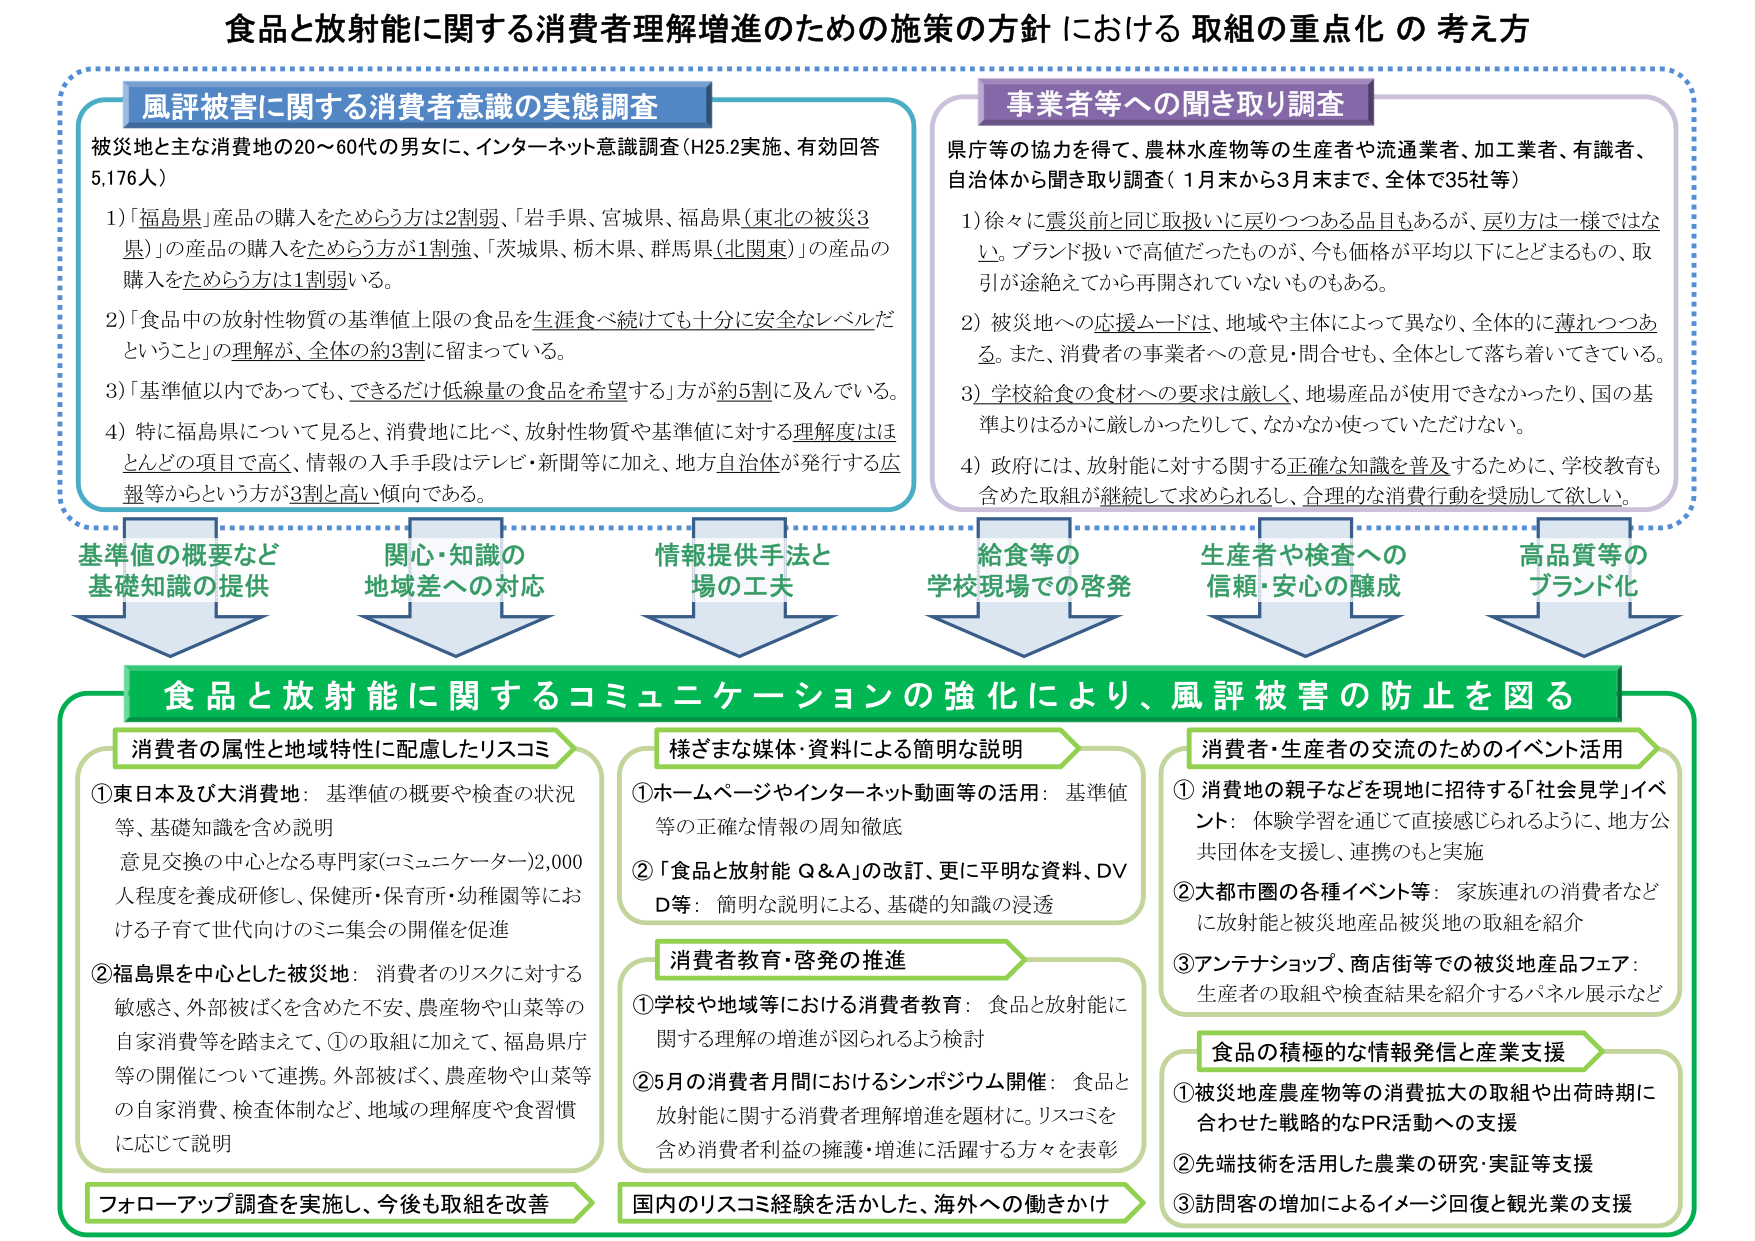
食品と放射能に関する消費者理解増進のための施策の方針における取組の重点化の考え方

風評被害に関する消費者意識の実態調査
被災地と主な消費地の20～60代の男女に、インターネット意識調査（H25.2実施、有効回答5,176人）
1）「福島県」製品の購入をためらう方は2割弱、「岩手県、宮城県、福島県（東北の被災3県）」の製品の購入をためらう方が1割強、「茨城県、栃木県、群馬県（北関東）」の製品の購入をためらう方は1割弱いる。
2）「食品中の放射性物質の基準値上限の食品を生涯食べ続けても十分に安全なレベルだということ」の理解が、全体の約3割に留まっている。
3）「基準値以内であっても、できるだけ低線量の食品を希望する」方が約5割に及んでいる。
4）特に福島県について見ると、消費地に比べ、放射性物質や基準値に対する理解度はほとんどの項目で高く、情報の入手手段はテレビ・新聞等に加え、地方自治体が発行する広報等からという方が3割と高い傾向である。

事業者等への聞き取り調査
県庁等の協力を得て、農林水産物等の生産者や流通業者、加工業者、有識者、自治体から聞き取り調査（1月末から3月末まで、全体で35社等）
1）徐々に震災前と同じ取扱いに戻りつつある品目もあるが、戻り方は一様ではない。ブランド扱いで高値だったものが、今も価格が平均以下にとどまるもの、取引が途絶えてから再開されていないものもある。
2）被災地への応援ムードは、地域や主体によって異なり、全体的に薄れつつある。また、消費者の事業者への意見・問合せも、全体として落ち着いてきている。
3）学校給食の食材への要求は厳しく、地場産品が使用できなかったり、国の基準よりはるかに厳しかったりして、なかなか使っていただけない。
4）政府には、放射能に対する関する正確な知識を普及するために、学校教育も含めた取組が継続して求められるし、合理的な消費行動を奨励して欲しい。

基準値の概要など基礎知識の提供
関心・知識の地域差への対応
情報提供手法と場の工夫
給食等の学校現場での啓発
生産者や検査への信頼・安心の醸成
高品質等のブランド化

食品と放射能に関するコミュニケーションの強化により、風評被害の防止を図る

消費者の属性と地域特性に配慮したリスコミ
①東日本及び大消費地：基準値の概要や検査の状況等、基礎知識を含め説明
意見交換の中心となる専門家（コミュニケーター）2,000人程度を養成研修し、保健所・保育所・幼稚園等における子育て世代向けのミニ集会の開催を促進
②福島県を中心とした被災地：消費者のリスクに対する敏感さ、外部被ばくを含めた不安、農産物や山菜等の自家消費等を踏まえて、①の取組に加えて、福島県庁等の開催について連携。外部被ばく、農産物や山菜等の自家消費、検査体制など、地域の理解度や食習慣に応じて説明

様ざまな媒体・資料による簡明な説明
①ホームページやインターネット動画等の活用：基準値等の正確な情報の周知徹底
②「食品と放射能 Q＆A」の改訂、更に平明な資料、DVD等：簡明な説明による、基礎的知識の浸透

消費者教育・啓発の推進
①学校や地域等における消費者教育：食品と放射能に関する理解の増進が図られるよう検討
②5月の消費者月間におけるシンポジウム開催：食品と放射能に関する消費者理解増進を題材に。リスコミを含め消費者利益の擁護・増進に活躍する方々を表彰

消費者・生産者の交流のためのイベント活用
①消費地の親子などを現地に招待する「社会見学」イベント：体験学習を通じて直接感じられるように、地方公共団体を支援し、連携のもと実施
②大都市圏の各種イベント等：家族連れの消費者などに放射能と被災地産品被災地の取組を紹介
③アンテナショップ、商店街等での被災地産品フェア：生産者の取組や検査結果を紹介するパネル展示など

食品の積極的な情報発信と産業支援
①被災地産農産物等の消費拡大の取組や出荷時期に合わせた戦略的なPR活動への支援
②先端技術を活用した農業の研究・実証等支援
③訪問客の増加によるイメージ回復と観光業の支援

フォローアップ調査を実施し、今後も取組を改善
国内のリスコミ経験を活かした、海外への働きかけ